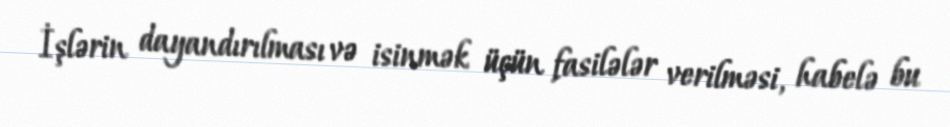
İşlərin dayandırılması və isinmək üçün fasilələr verilməsi, habelə bu